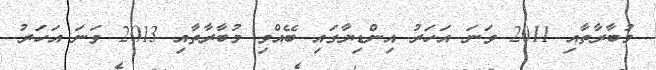
މުބާރާތާއި 2011 ވަނަ އަހަރު އިންޑިޔާގައި ބޭއްވި މުބާރާތާއި 2013 ވަނަ އަހަރު